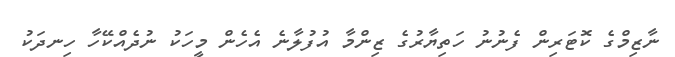
ނާޒިމްގެ ކޮޓަރިން ފެނުނު ހަތިޔާރުގެ ޒިންމާ އުފުލާނެ އެހެން މީހަކު ނުދެއްކޭހާ ހިނދަކު